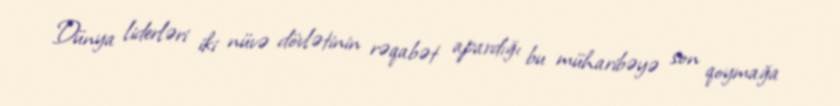
Dünya liderləri iki nüvə dövlətinin rəqabət apardığı bu müharibəyə son qoymağa